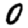
Digit: 0